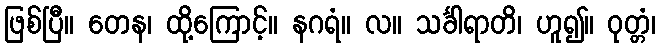
ဖြစ်ပြီ။ တေန၊ ထို့ကြောင့်။ နဂရံ။ လ။ သင်္ခါရာတိ၊ ဟူ၍။ ဝုတ္တံ၊